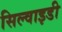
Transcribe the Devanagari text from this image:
सिल्वाइडी